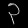
Digit: ၃